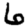
Digit: 6